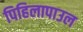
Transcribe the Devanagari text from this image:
पिहिलापाउल